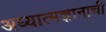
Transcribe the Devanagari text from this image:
अध्यात्मज्ञानाची